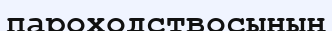
пароходствосының